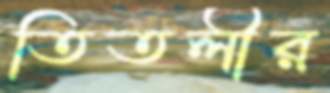
তিতলীর